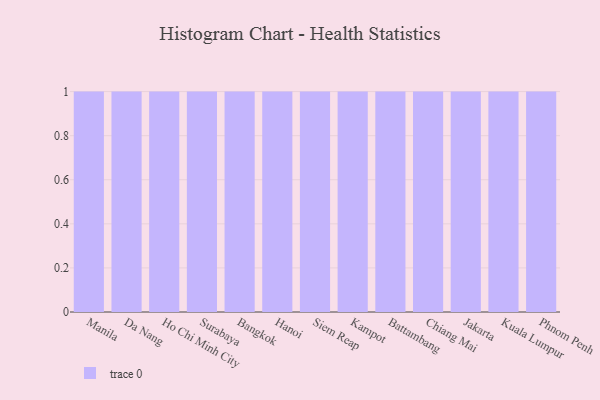
{"axis": {"x": "City", "y": "Humidity (%)"}, "legend": [""], "data": [{"x": "Manila", "y": 87, "type": ""}, {"x": "Da Nang", "y": 100, "type": ""}, {"x": "Ho Chi Minh City", "y": 78, "type": ""}, {"x": "Surabaya", "y": 73, "type": ""}, {"x": "Bangkok", "y": 91, "type": ""}, {"x": "Hanoi", "y": 41, "type": ""}, {"x": "Siem Reap", "y": 36, "type": ""}, {"x": "Kampot", "y": 23, "type": ""}, {"x": "Battambang", "y": 39, "type": ""}, {"x": "Chiang Mai", "y": 74, "type": ""}, {"x": "Jakarta", "y": 100, "type": ""}, {"x": "Kuala Lumpur", "y": 36, "type": ""}, {"x": "Phnom Penh", "y": 9, "type": ""}]}